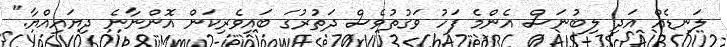
ލަނޑެއް އަދި ލިބުނަސް އެންމެ ފަހު ވަގުތުވެސް ދަތުރުގަ ބައިވެރިކަން އޮންނާނެ ދިޔައިއްޔާ."